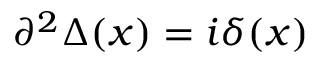
\partial ^ { 2 } \Delta ( x ) = i \delta ( x )